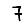
Digit: 7